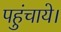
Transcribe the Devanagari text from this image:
पहुंचाये।